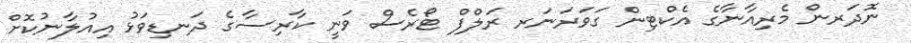
ނޮދަރން މެރިއާނާގެ އެކްޓިން ގަވަރަނަރ ރަލްފް ޓޯރެސް ވަނީ ކާރިސާގެ ދަނޑިވަޅު އިއުލާނުކޮށް